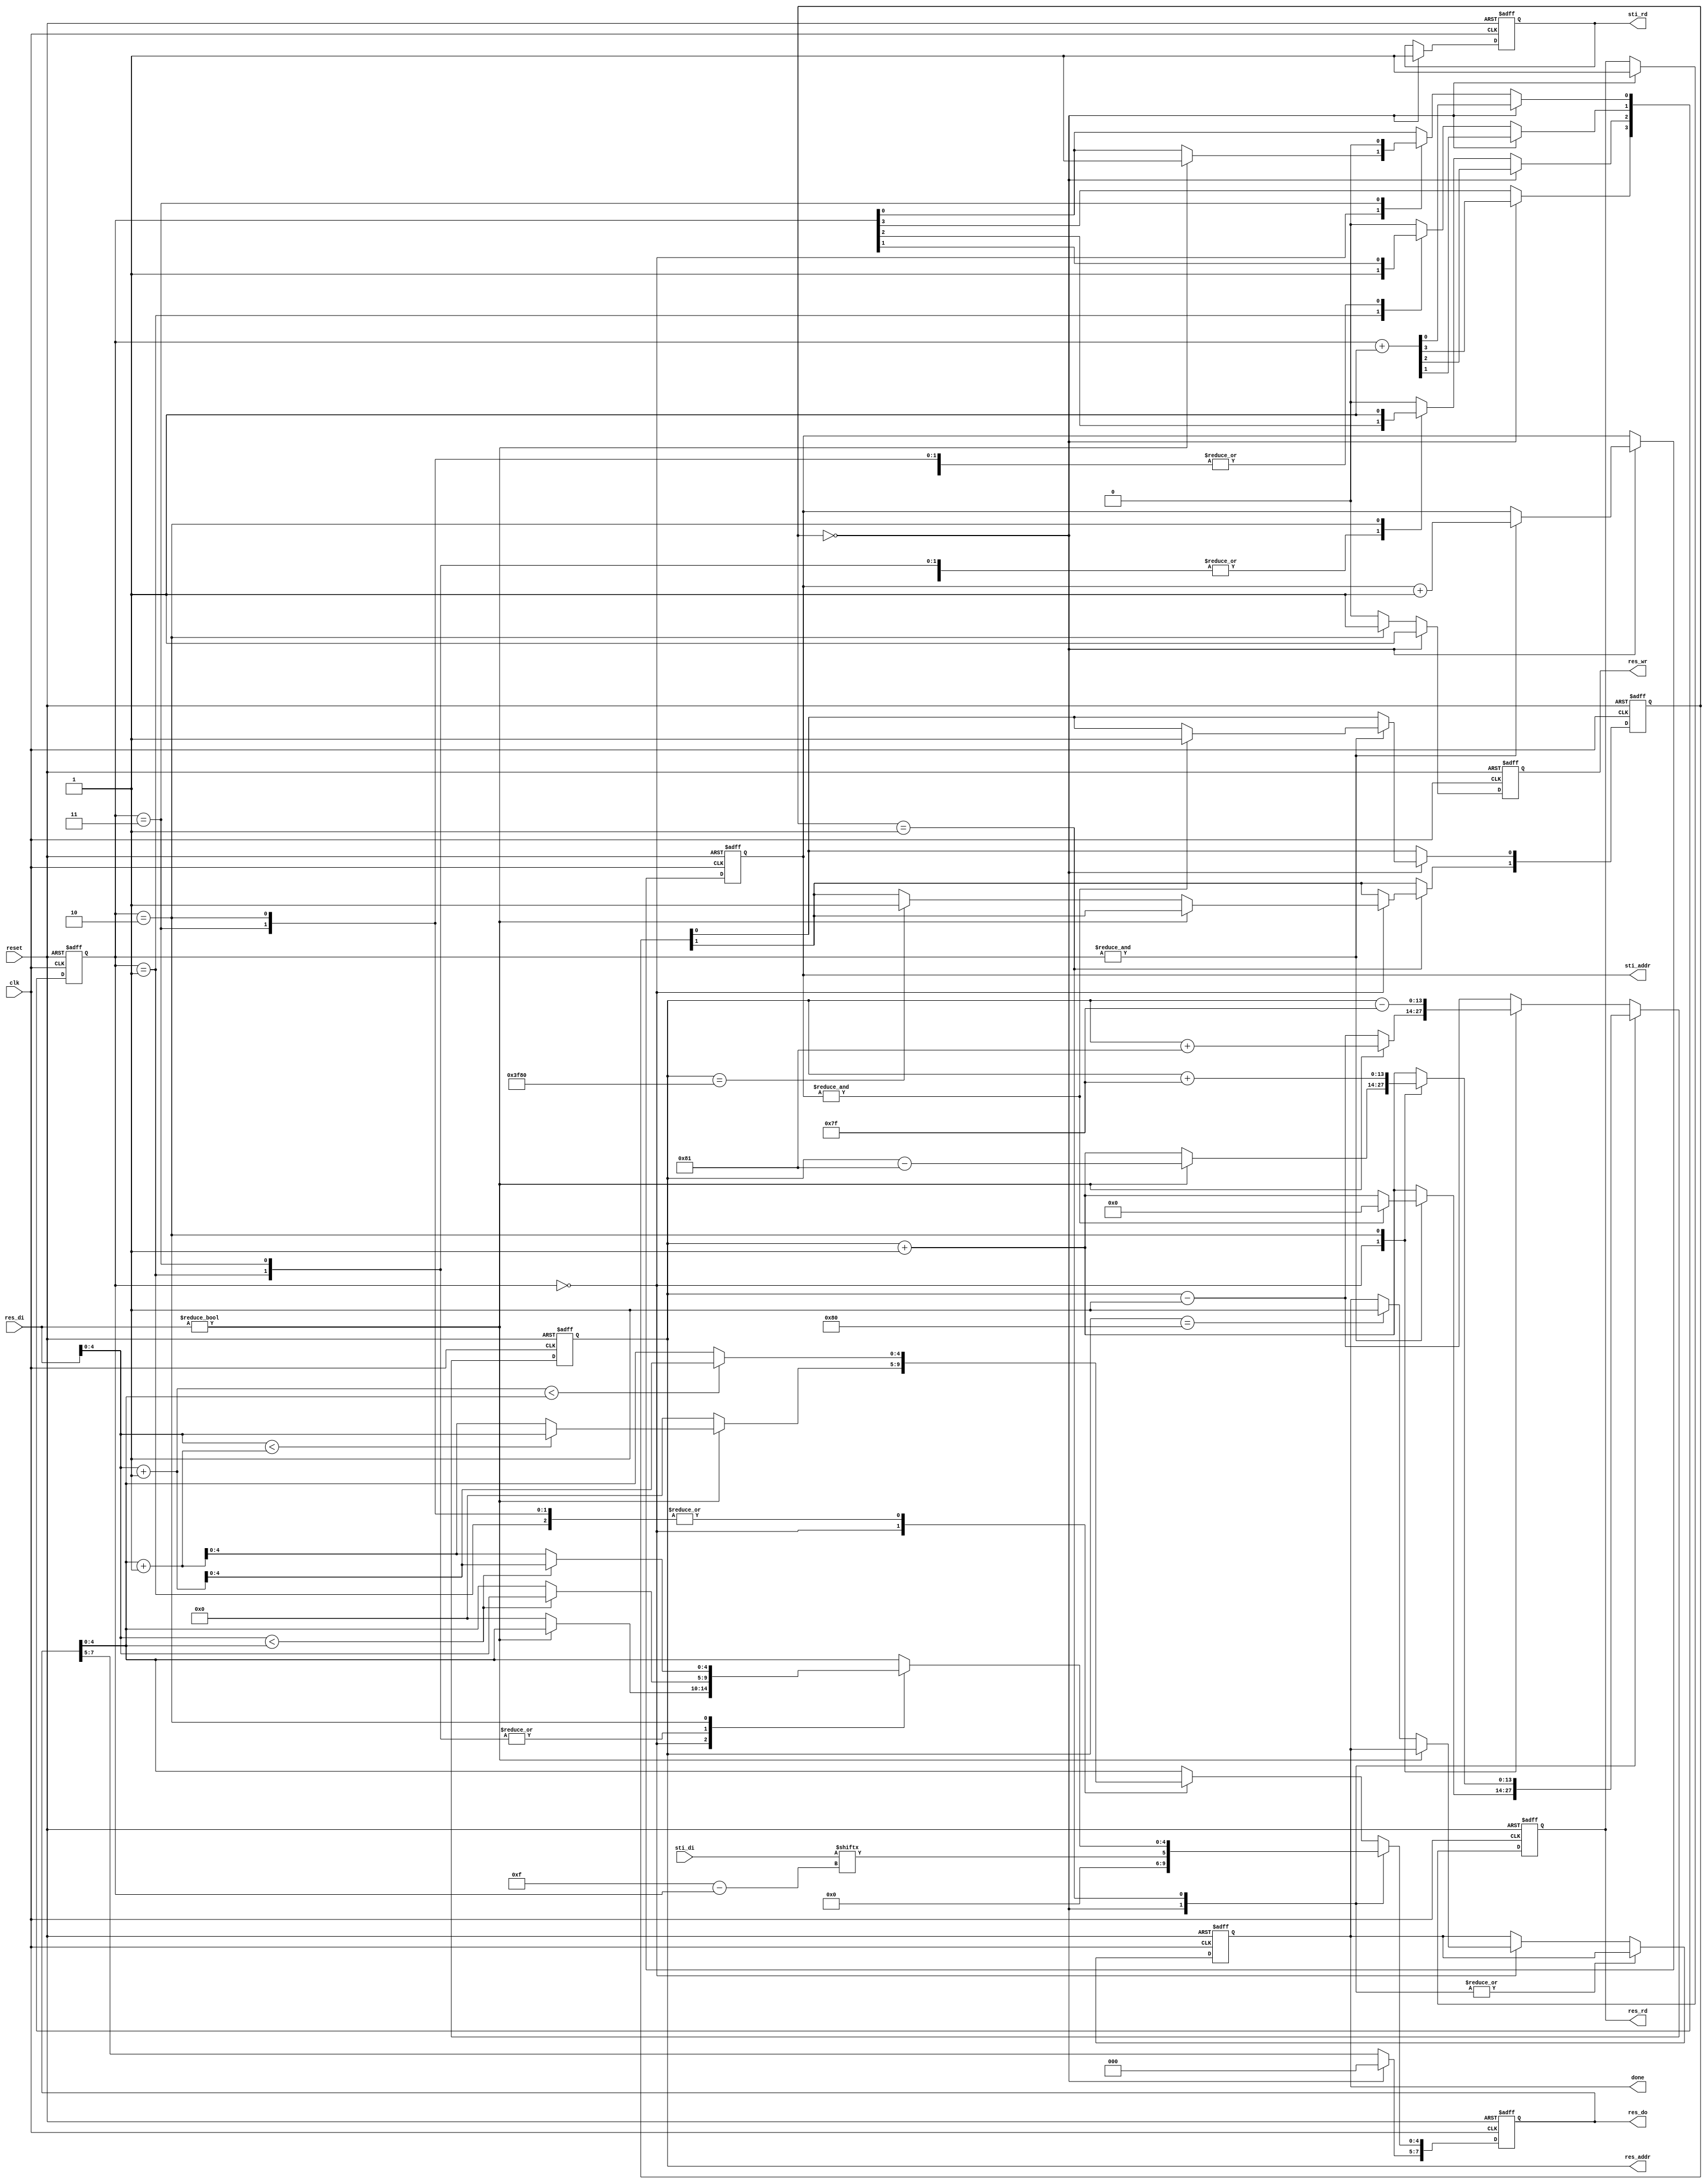
module DT(
	input 			clk, 
	input			reset,
	output	reg		done ,
	output	reg		sti_rd ,
	output	reg 	[9:0]	sti_addr ,
	input		[15:0]	sti_di,
	output	reg		res_wr ,
	output	reg		res_rd ,
	output	reg 	[13:0]	res_addr ,
	output	reg 	[7:0]	res_do,
	input		[7:0]	res_di
	);

reg [1:0] state;
reg [3:0] count;

localparam LABLE = 2'b00;
localparam FORWARD_PASS = 2'b01;
localparam BACKWARD_PASS = 2'b11;
localparam FINISH = 2'b10;


always@(posedge clk or negedge reset) begin
	if(!reset) begin
		done <= 0;
		sti_rd <= 1;
		sti_addr <= 8;
		res_wr <= 1;
		res_rd <= 1;
		res_addr <= 127;
		res_do <= 0;
		state <= LABLE;
		count <= 0;
	end
	else begin
		case(state)
			LABLE: begin
				res_wr <= 1;
				sti_rd <= 1;
				res_rd <= 1;
				res_do <= sti_di[15-count];
				res_addr <= res_addr+1;
				count <= count+1;
				if(&count) begin
					sti_addr <= sti_addr+1;
					if(&sti_addr) begin
						state[0] <= 1;
						res_addr <= 0;
					end
				end
			end
			
			FORWARD_PASS: begin
				case(count) 
					// LOAD_LABLE
					// FORWARD_PASS
					4'b0000: begin
						res_wr <= 0;
						if(res_di) begin
							res_addr <= res_addr-129;
							count[0] <= 1;
						end
						else begin
							if(res_addr == 16256) begin
								// go to BACKWARD_PASS
								state[1] <= 1;
							end
							res_do[4:0] <= 0;
							res_addr <= res_addr+1;
						end
					end
					4'b0001: begin
						res_wr <= 0;
						res_do[4:0] <= res_di[4:0]<res_do[4:0] ? res_di[4:0] : res_do[4:0];
						res_addr <= res_addr+1;
						count[1] <= 1;
					end
					4'b0011: begin
						res_wr <= 0;
						res_do[4:0] <= res_di[4:0]<res_do[4:0] ? res_di[4:0] : res_do[4:0];
						res_addr <= res_addr+1;
						count[0] <= 0;
					end
					4'b0010: begin
						res_wr <= 1;
						res_addr <= res_addr+127;
						res_do[4:0] <= res_di[4:0]<res_do[4:0] ? res_di[4:0]+1 : res_do[4:0]+1;
						count[2] <= 1;
					end
					default: begin
						res_wr <= 0;
						res_addr <= res_addr+1;
						count[1] <= 0;
						count[2] <= 0;
					end
				endcase
			end
			
			// BACKWARD_PASS
			default: begin
				case(count)
					4'b0000: begin
						res_wr <= 0;
						if(res_di) begin
							res_addr <= res_addr+129;
							count[0] <= 1;
							res_do[4:0] <= res_di[4:0]<res_do[4:0]+1 ? res_di : res_do[4:0]+1;
						end
						else begin
							if(res_addr == 128) begin
								// FINISH
								done <= 1;
							end
							res_do[4:0] <= 0;
							res_addr <= res_addr-1;
						end
					end
					4'b0001: begin
						res_wr <= 0;
						res_do[4:0] <= res_di[4:0]+1<res_do[4:0] ? res_di[4:0]+1 : res_do[4:0];
						res_addr <= res_addr-1;
						count[1] <= 1;
						
					end
					4'b0011: begin
						res_wr <= 0;
						res_do[4:0] <= res_di[4:0]+1<res_do[4:0] ? res_di[4:0]+1 : res_do[4:0];
						res_addr <= res_addr-1;
						count[0] <= 0;
					end
					4'b0010: begin
						res_wr <= 1;
						res_addr <= res_addr-127;
						res_do[4:0] <= res_di[4:0]+1<res_do[4:0] ? res_di[4:0]+1 : res_do[4:0];
						count[2] <= 1;
					end
					default: begin
						res_wr <= 0;
						count[1] <= 0;
						count[2] <= 0;
						res_addr <= res_addr-1;
					end
					
				endcase
			end
			
		endcase
	end
end



endmodule